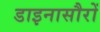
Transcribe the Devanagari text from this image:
डाइनासौरों